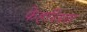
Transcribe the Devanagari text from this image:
फेहरिश्त